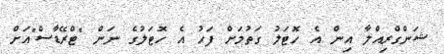
ޝަންގްރިއްލާ އިން އެ ހޮޓަލު ގަތުމަށް ފަހު އެ ހޮޓަލުގެ ނަން "ޓްރޭޑާސް"އަށް